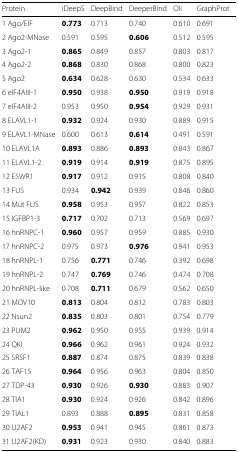
<table><thead><tr><td><b>Protein</b></td><td><b>iDeepS</b></td><td><b>DeepBind</b></td><td><b>DeeperBind</b></td><td><b>Oli</b></td><td><b>GraphProt</b></td></tr></thead><tbody><tr><td>1 Ago/EIF</td><td><b>0.773</b></td><td>0.713</td><td>0.740</td><td>0.610</td><td>0.691</td></tr><tr><td>2 Ago2-MNase</td><td>0.591</td><td>0.595</td><td><b>0.606</b></td><td>0.512</td><td>0.595</td></tr><tr><td>3 Ago2-1</td><td><b>0.865</b></td><td>0.849</td><td>0.857</td><td>0.803</td><td>0.817</td></tr><tr><td>4 Ago2-2</td><td><b>0.868</b></td><td>0.830</td><td>0.868</td><td>0.800</td><td>0.823</td></tr><tr><td>5 Ago2</td><td><b>0.634</b></td><td>0.628</td><td>0.630</td><td>0.534</td><td>0.633</td></tr><tr><td>6 eIF4AIII-1</td><td><b>0.950</b></td><td>0.938</td><td><b>0.950</b></td><td>0.919</td><td>0.918</td></tr><tr><td>7 eIF4AIII-2</td><td>0.953</td><td>0.950</td><td><b>0.954</b></td><td>0.929</td><td>0.931</td></tr><tr><td>8 ELAVL1-1</td><td><b>0.932</b></td><td>0.924</td><td>0.930</td><td>0.889</td><td>0.915</td></tr><tr><td>9 ELAVL1-MNase</td><td>0.600</td><td>0.613</td><td><b>0.614</b></td><td>0.491</td><td>0.591</td></tr><tr><td>10 ELAVL1A</td><td><b>0.893</b></td><td>0.886</td><td><b>0.893</b></td><td>0.843</td><td>0.867</td></tr><tr><td>11 ELAVL1-2</td><td><b>0.919</b></td><td>0.914</td><td><b>0.919</b></td><td>0.875</td><td>0.895</td></tr><tr><td>12 ESWR1</td><td><b>0.917</b></td><td>0.912</td><td>0.915</td><td>0.808</td><td>0.840</td></tr><tr><td>13 FUS</td><td>0.934</td><td><b>0.942</b></td><td>0.939</td><td>0.846</td><td>0.860</td></tr><tr><td>14 Mut FUS</td><td><b>0.958</b></td><td>0.953</td><td>0.957</td><td>0.822</td><td>0.853</td></tr><tr><td>15 IGFBP1-3</td><td><b>0.717</b></td><td>0.702</td><td>0.713</td><td>0.569</td><td>0.697</td></tr><tr><td>16 hnRNPC-1</td><td><b>0.960</b></td><td>0.957</td><td>0.959</td><td>0.885</td><td>0.930</td></tr><tr><td>17 hnRNPC-2</td><td>0.975</td><td>0.973</td><td><b>0.976</b></td><td>0.941</td><td>0.953</td></tr><tr><td>18 hnRNPL-1</td><td>0.756</td><td><b>0.771</b></td><td>0.746</td><td>0.392</td><td>0.698</td></tr><tr><td>19 hnRNPL-2</td><td>0.747</td><td><b>0.769</b></td><td>0.746</td><td>0.474</td><td>0.708</td></tr><tr><td>20 hnRNPL-like</td><td>0.708</td><td><b>0.711</b></td><td>0.679</td><td>0.562</td><td>0.650</td></tr><tr><td>21 MOV10</td><td><b>0.813</b></td><td>0.804</td><td>0.812</td><td>0.783</td><td>0.803</td></tr><tr><td>22 Nsun2</td><td><b>0.835</b></td><td>0.803</td><td>0.801</td><td>0.754</td><td>0.779</td></tr><tr><td>23 PUM2</td><td><b>0.962</b></td><td>0.950</td><td>0.955</td><td>0.939</td><td>0.914</td></tr><tr><td>24 QKI</td><td><b>0.966</b></td><td>0.962</td><td>0.961</td><td>0.924</td><td>0.932</td></tr><tr><td>25 SRSF1</td><td><b>0.887</b></td><td>0.874</td><td>0.875</td><td>0.839</td><td>0.838</td></tr><tr><td>26 TAF15</td><td><b>0.964</b></td><td>0.956</td><td>0.963</td><td>0.804</td><td>0.850</td></tr><tr><td>27 TDP-43</td><td><b>0.930</b></td><td>0.926</td><td><b>0.930</b></td><td>0.883</td><td>0.907</td></tr><tr><td>28 TIA1</td><td><b>0.930</b></td><td>0.924</td><td>0.926</td><td>0.842</td><td>0.896</td></tr><tr><td>29 TIAL1</td><td>0.893</td><td>0.888</td><td><b>0.895</b></td><td>0.831</td><td>0.858</td></tr><tr><td>30 U2AF2</td><td><b>0.953</b></td><td>0.941</td><td>0.945</td><td>0.861</td><td>0.873</td></tr><tr><td>31 U2AF2(KD)</td><td><b>0.931</b></td><td>0.923</td><td>0.930</td><td>0.840</td><td>0.883</td></tr></tbody></table>